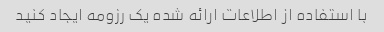
با استفاده از اطلاعات ارائه شده یک رزومه ایجاد کنید